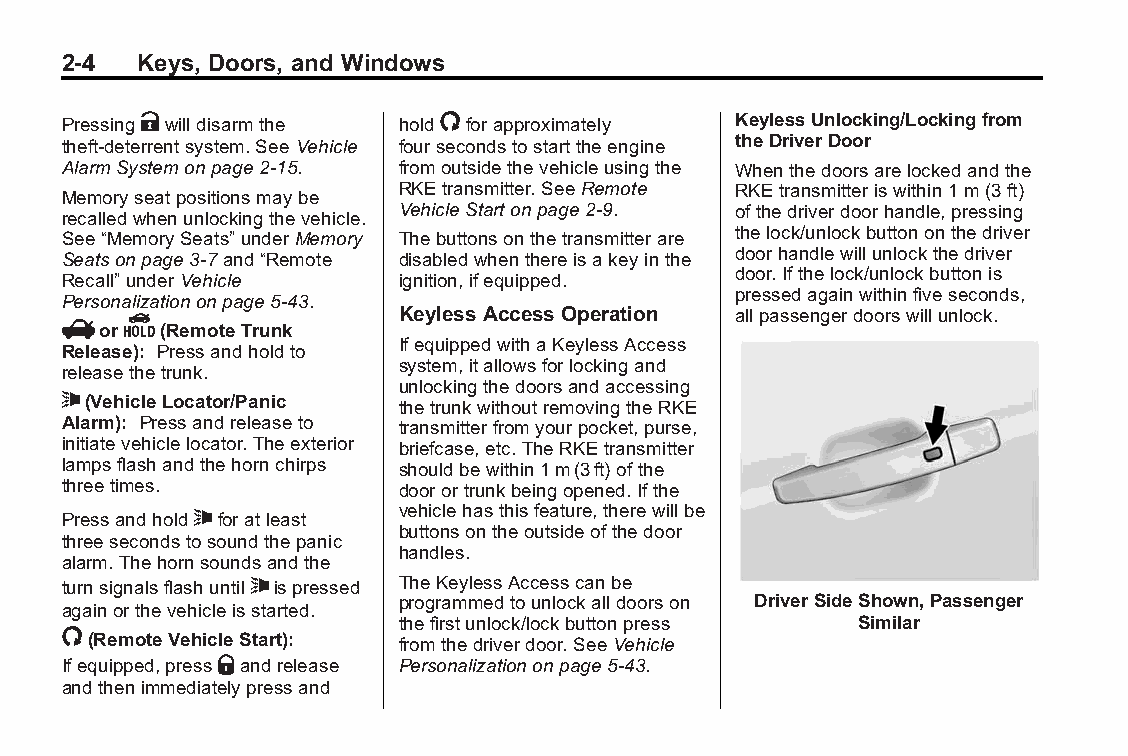
Buick LaCrosse Owner Manual (GMNA-Localizing-U.S./Canada/Mexico- Blackplate(4,1)
 6043609)-2014-2ndEdition-10/24/13
 2-4  Keys, Doors, and Windows
 PressingKwilldisarmthe hold/forapproximately KeylessUnlocking/Lockingfrom
 theDriverDoor
 theft-deterrentsystem.SeeVehicle foursecondstostarttheengine
 AlarmSystemonpage2-15. fromoutsidethevehicleusingthe Whenthedoorsarelockedandthe
 RKEtransmitter.SeeRemote RKEtransmitteriswithin1m(3ft)
 Memoryseatpositionsmaybe
 VehicleStartonpage2-9. ofthedriverdoorhandle,pressing
 recalledwhenunlockingthevehicle.
 thelock/unlockbuttononthedriver
 See“MemorySeats” underMemory Thebuttonsonthetransmitterare
 doorhandlewillunlockthedriver
 Seatsonpage3-7and“Remote disabledwhenthereisakeyinthe
 door.Ifthelock/unlockbuttonis
 Recall”underVehicle   ignition,ifequipped.
 pressedagainwithinfiveseconds,
 Personalizationonpage5-43.
 Keyless Access Operation allpassengerdoorswillunlock.
 VorY(RemoteTrunk
 IfequippedwithaKeylessAccess
 Release): Pressandholdto
 system,itallowsforlockingand
 releasethetrunk.
 unlockingthedoorsandaccessing
 7(VehicleLocator/Panic
 thetrunkwithoutremovingtheRKE
 Alarm): Pressandreleaseto transmitterfromyourpocket,purse,
 initiatevehiclelocator.Theexterior briefcase,etc.TheRKEtransmitter
 lampsflashandthehornchirps shouldbewithin1m(3ft)ofthe
 threetimes.           doorortrunkbeingopened.Ifthe
 Pressandhold7foratleast vehiclehasthisfeature,therewillbe
 buttonsontheoutsideofthedoor
 threesecondstosoundthepanic
 handles.
 alarm.Thehornsoundsandthe
 turnsignalsflashuntil7ispressed TheKeylessAccesscanbe
 programmedtounlockalldoorson DriverSideShown,Passenger
 againorthevehicleisstarted.
 thefirstunlock/lockbuttonpress Similar
 /(RemoteVehicleStart):
 fromthedriverdoor.SeeVehicle
 Ifequipped,pressQandrelease Personalizationonpage5-43.
 andthenimmediatelypressand